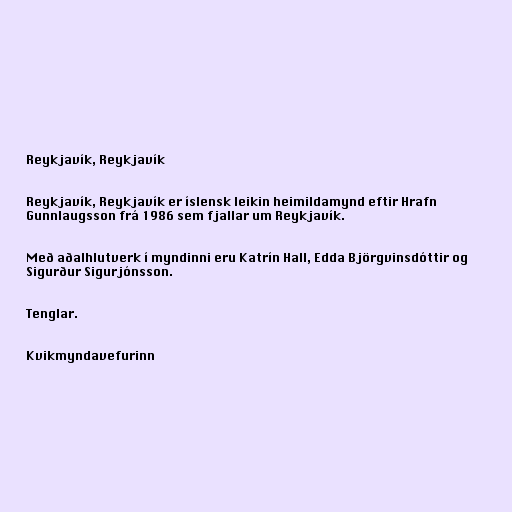
Reykjavík, Reykjavík

Reykjavík, Reykjavík er íslensk leikin heimildamynd eftir Hrafn
Gunnlaugsson frá 1986 sem fjallar um Reykjavík.

Með aðalhlutverk í myndinni eru Katrín Hall, Edda Björgvinsdóttir og
Sigurður Sigurjónsson.

Tenglar.

Kvikmyndavefurinn